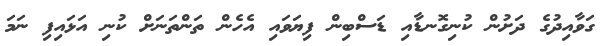
ގަވާއިދުގެ ދަށުން ކުނިގޮނޑާއި ޑަސްބިން ފިޔަވައި އެހެން ތަންތަނަށް ކުނި އަޅައިފި ނަމަ